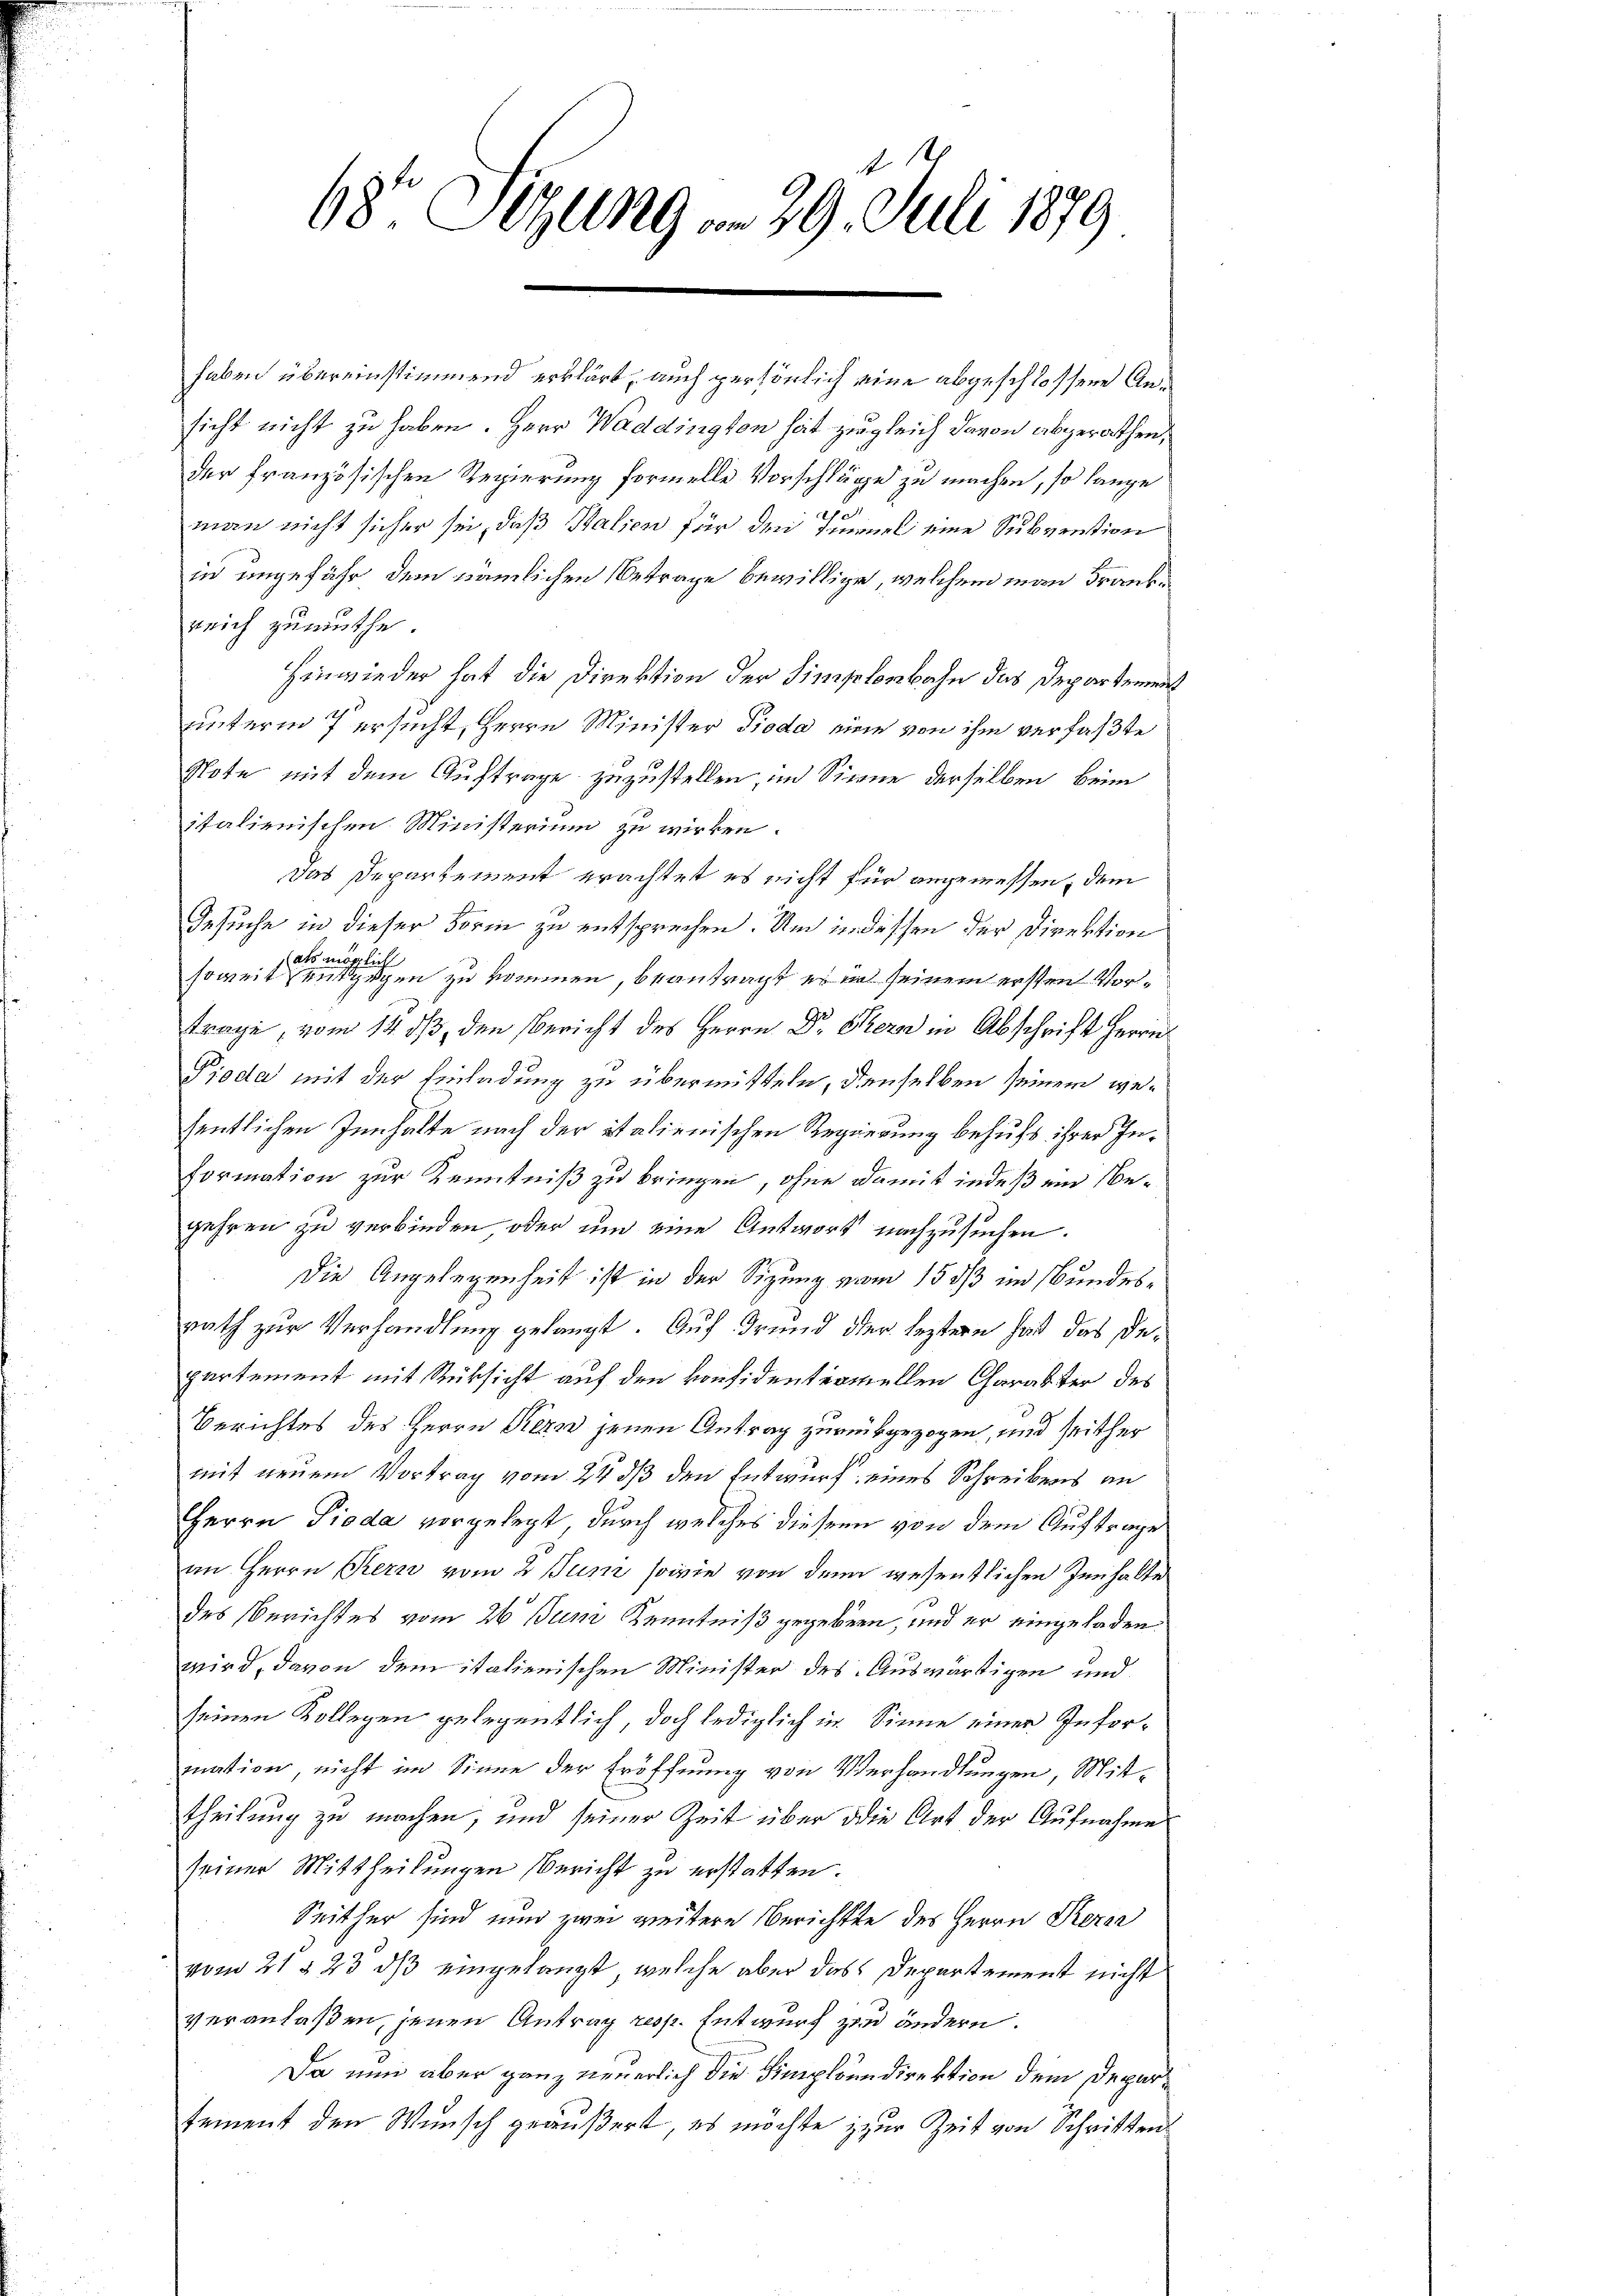
68r Sitzung am 29. Juli 1879

haben übereinstimmend erklärt, auch persönlich eine abgeschlossene Ansicht nicht zu haben. Herr Waddington hat zugleich davon abgerathen,
der französischen Regierung formelle Vorschläge zu machen, so lange
.
man nicht sicher sei, daß Salien für den Immel eine Subvention
in angefähr dem nämlichen Betrage bewillige, welchem man Frankreich zumuthe.
Hinwieder hat die Direktion der Simplenbahn das Departement
unterm 7 ersucht, Herrn Minister Pioda eine von ihm verfaßte
Note mit dem Auftrage zuzustellen, im Sinne derselben beim
italienischen Ministerium zu wirken.
Das Departement erachtet es nicht für angemessen, dem
Gesuche in dieser Form zu entsprechen. Und in dessen der Direktion
ats au
öglich
soweit entgegen zu kommen, beantragt es in seinem ersten Vortrage, vom 14. ds, den Bericht des Herrn Dr. Bern in Abschrift Herrn
Pioda mit der Einladung zu übermitteln, denselben seinem wesentlichen Innhalte nach der italienischen Regierung behufs ihrer In¬
Formation zur Kenntniß zu bringen, ohne damit indeß ein Ne-
gehren zu verbinden oder um eine Antwort nachzusuchen.
Die Angelegenheit ist in der Sizung vom 15. dß im Bundesrath zur Verhandlung gelangt. Auf Grund der leztern hat das Departement mit Rücksicht auf den konsidentiamellen Charakter des
Berichtes des Herrn Kern jenen Antrag zurückgezogen, und seither
mit neuem Vortrag vom 24. ds den Entwurf eines Schreibens an
Herrn Pioda vorgelegt, durch welches diesem von dem Auftrage
an Herrn Bern vom 2. Juni sowie von dem wesentlichen Innhalte
des Berichtes vom 26 um Kenntniß gegeben, und er eingeladen
wird, davon dem italienischen Minister des Auswärtigen und
seinen Kollegen gelegentlich, doch lediglich im Sinne einer Information, nicht im Sinne der Eröffnung von Verhandlungen, Mittheilung zu machen, und seiner Zeit über die Art der Aufnahme
seiner Mittheilungen Bericht zu erstatten.
Seither sind nun zwei weitere Berichtte des Herrn Kerze
vom 21 § 23 dß eingelangt, welche aber das Departement nicht
veranlaßen, jenen Antrag resp. Entwurf zu ändern.
Da nun aber ganz neuerlich die Simploundirektion dem Departement den Wunsch geäußert, es möchte zur Zeit von Schritten,